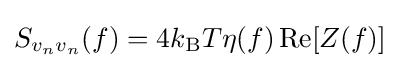
S_{v_{n}v_{n}}(f)=4k_{\text{B}}T\eta (f)\operatorname {Re} [Z(f)]